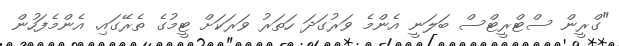
"ގްރީން ސްޓްރީޓްސް ބަލަނީ އެންމެ ވަރުގަދަ ހަތަރު ވަރަކަށް ޓީމުގެ ތެރޭގައި. އެންމެފަހުން